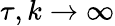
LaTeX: \tau,k\to\infty